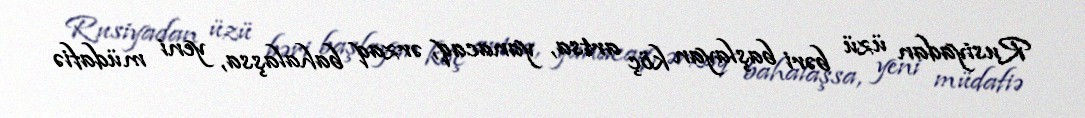
Rusiyadan üzü bəri başlayan köç artsa, yanacaq, ərzaq bahalaşsa, yeni müdafiə